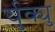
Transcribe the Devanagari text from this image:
र्युक्यु